Annual administration report of the Civil Veterinary Department of India - 1895-1896
Year: 1895
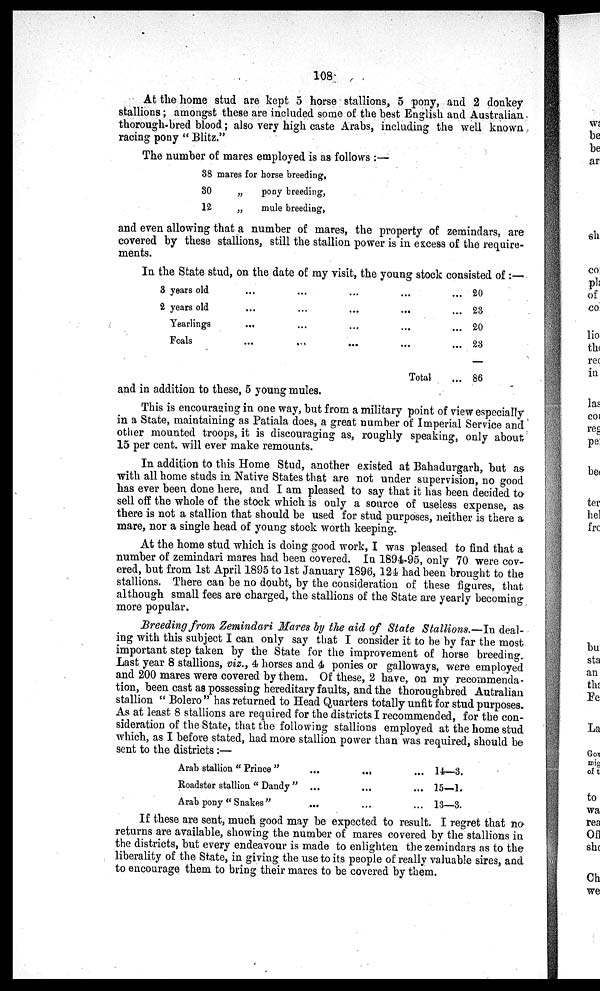
108
At the home stud are kept 5 horse stallions, 5 pony, and 2 donkey
stallions; amongst these are included some of the best English and Australian
thorough-bred blood; also very high caste Arabs, including the well known
racing pony "Blitz."
The number of mares employed is as follows :—
38
30
12
mares for horse breeding,
„
pony breeding,
„
mule breeding,
and even allowing that a number of mares, the property of zemindars, are
covered by these stallions, still the stallion power is in excess of the require-
ments.
In the State stud, on the date of my visit, the young stock consisted of :—
3 years old
2 years old
Yearlings
Foals
...
...
...
...
...
...
...
...
...
...
...
...
...
...
...
...
Total
... 20
... 23
... 20
... 23
... 86
and in addition to these, 5 young mules.
This is encouraging in one way, but from a military point of view especially
in a State, maintaining as Patiala does, a great number of Imperial Service and
other mounted troops, it is discouraging as, roughly speaking, only about
15 per cent. will ever make remounts.
In addition to this Home Stud, another existed at Bahadurgarh, but as
with all home studs in Native States that are not under supervision, no good
has ever been done here, and I am pleased to say that it has been decided to
sell off the whole of the stock which is only a source of useless expense, as
there is not a stallion that should be used for stud purposes, neither is there a
mare, nor a single head of young stock worth keeping.
At the home stud which is doing good work, I was pleased to find that a
number of zemindari mares had been covered. In 1894-95, only 70 were cov-
ered, but from 1st April 1895 to 1st January 1896, 124 had been brought to the
stallions. There can be no doubt, by the consideration of these figures, that
although small fees are charged, the stallions of the State are yearly becoming
more popular.
Breeding from Zemindari Mares by the aid of State Stallions.—In deal-
ing with this subject I can only say that I consider it to be by far the most
important step taken by the State for the improvement of horse breeding.
Last year 8 stallions, viz., 4 horses and 4 ponies or galloways, were employed
and 200 mares were covered by them. Of these, 2 have, on my recommenda-
tion, been cast as possessing hereditary faults, and the thoroughbred Autralian
stallion "Bolero" has returned to Head Quarters totally unfit for stud purposes.
As at least 8 stallions are required for the districts I recommended, for the con-
sideration of the State, that the following stallions employed at the home stud
which, as I before stated, had more stallion power than was required, should be
sent to the districts :—
Arab stallion "Prince"
Roadster stallion "Dandy"
Arab pony "Snakes"
...
...
...
...
...
...
... 14—3.
... 15—1.
... 13—3.
If these are sent, much good may be expected to result. I regret that no
returns are available, showing the number of mares covered by the stallions in
the districts, but every endeavour is made to enlighten the zemindars as to the
liberality of the State, in giving the use to its people of really valuable sires, and
to encourage them to bring their mares to be covered by them.